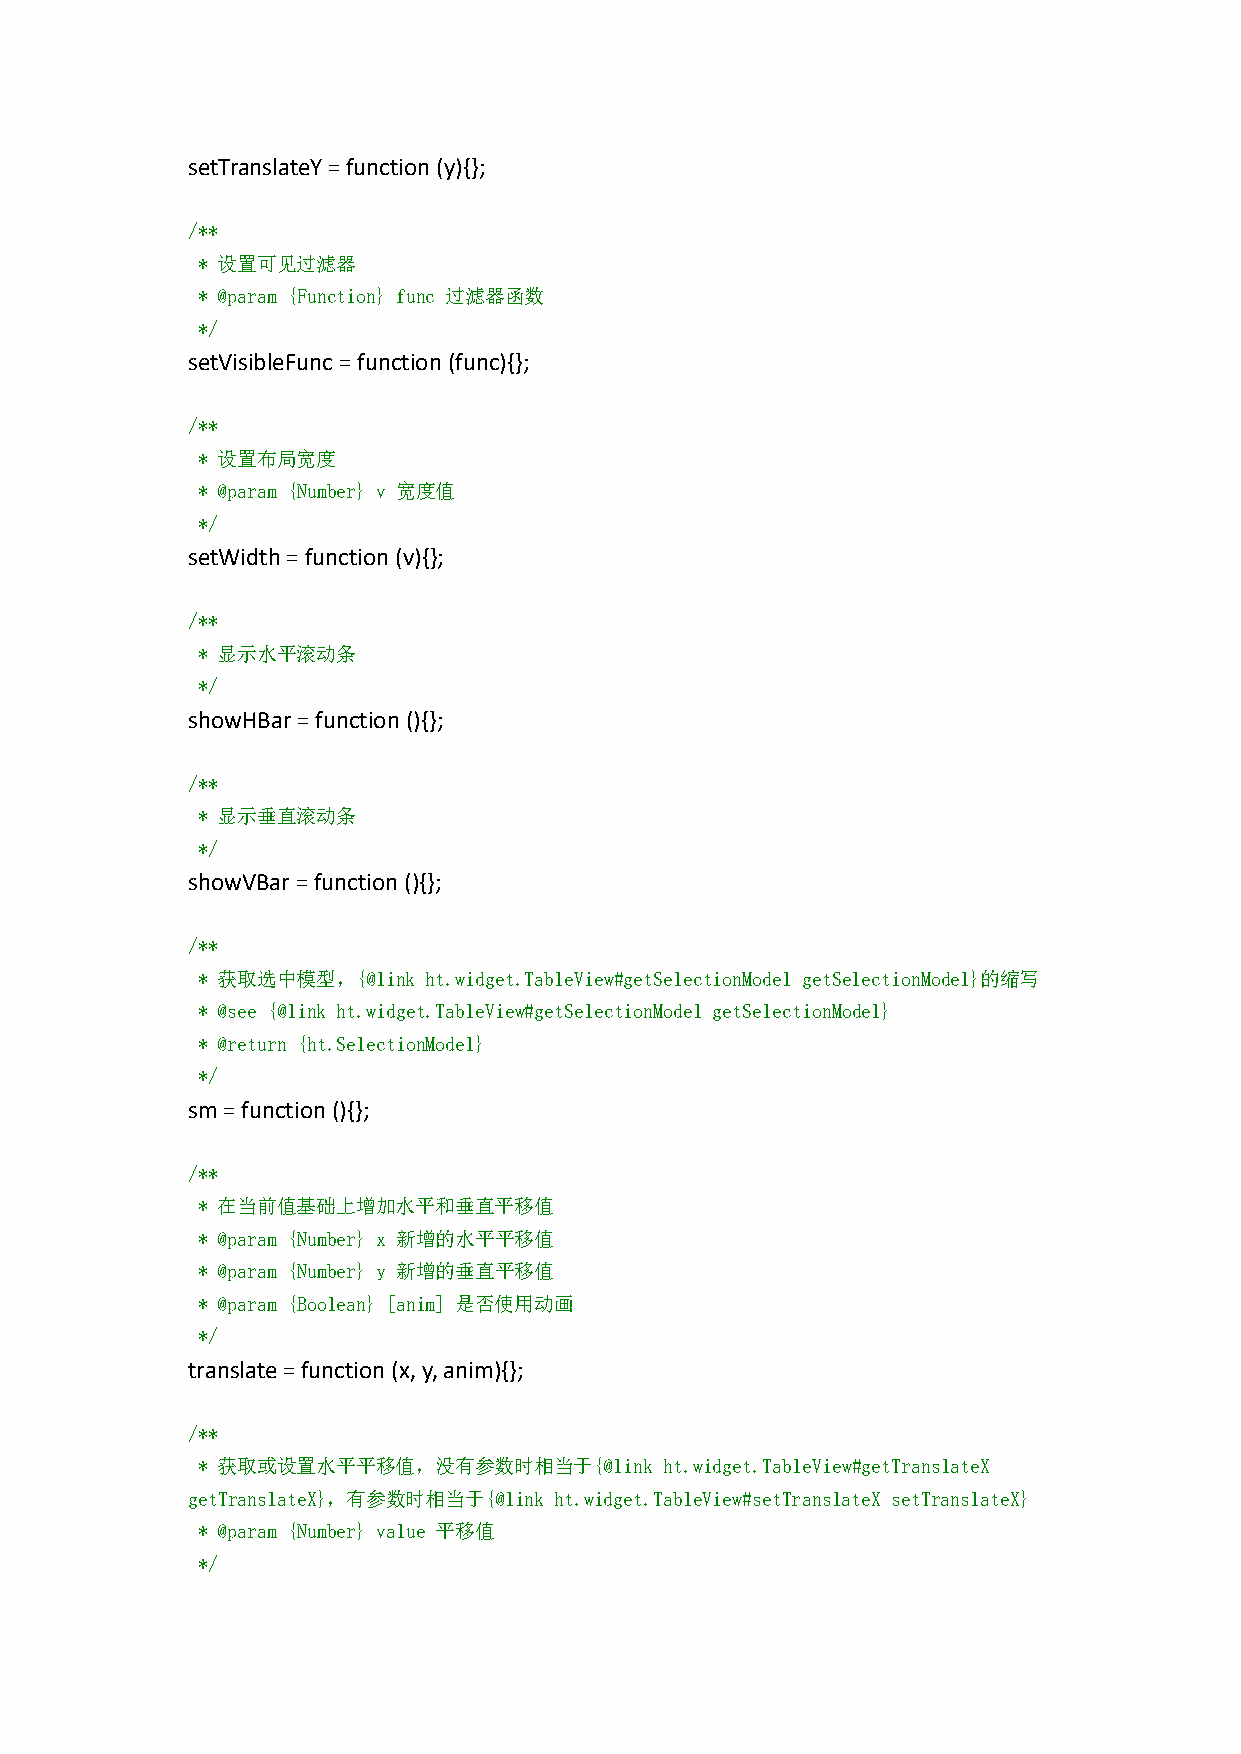
setTranslateY=function(y){};
 /**
 * 设置可见过滤器
 * @param {Function} func 过滤器函数
 */
 setVisibleFunc=function(func){};
 /**
 * 设置布局宽度
 * @param {Number} v 宽度值
 */
 setWidth=function(v){};
 /**
 * 显示水平滚动条
 */
 showHBar=function(){};
 /**
 * 显示垂直滚动条
 */
 showVBar=function(){};
 /**
 * 获取选中模型，{@link ht.widget.TableView#getSelectionModel getSelectionModel}的缩写
 * @see {@link ht.widget.TableView#getSelectionModel getSelectionModel}
 * @return {ht.SelectionModel}
 */
 sm=function(){};
 /**
 * 在当前值基础上增加水平和垂直平移值
 * @param {Number} x 新增的水平平移值
 * @param {Number} y 新增的垂直平移值
 * @param {Boolean} [anim] 是否使用动画
 */
 translate=function(x,y,anim){};
 /**
 * 获取或设置水平平移值，没有参数时相当于{@link    ht.widget.TableView#getTranslateX
 getTranslateX}，有参数时相当于{@link ht.widget.TableView#setTranslateX setTranslateX}
 * @param {Number} value 平移值
 */